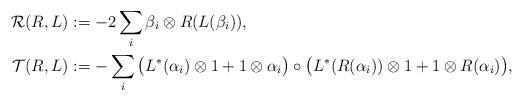
LaTeX: \begin{align*}\mathcal{R}(R,L)&:=-2\sum_{i}\beta_i\otimes R(L(\beta_i)),\\\mathcal{T}(R,L)&:=-\sum_i\big(L^*(\alpha_i)\otimes1+1\otimes \alpha_i\big)\circ\big(L^*(R(\alpha_i))\otimes 1+1\otimes R(\alpha_i)\big),\end{align*}